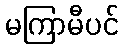
မကြာမီပင်